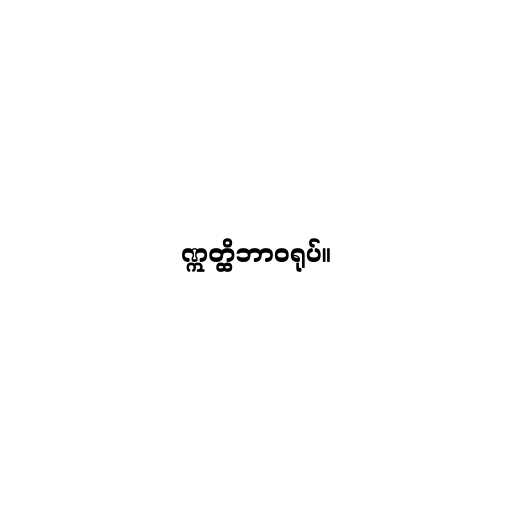
ဣတ္ထိဘာဝရုပ်။